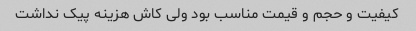
کیفیت و حجم و قیمت مناسب بود ولی کاش هزینه پیک نداشت